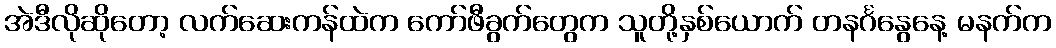
အဲဒီလိုဆိုတော့ လက်ဆေးကန်ထဲက ကော်ဖီခွက်တွေက သူတို့နှစ်ယောက် တနင်္ဂနွေနေ့ မနက်က